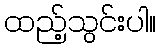
ထည့်သွင်းပါ။